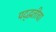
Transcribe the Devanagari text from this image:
पद्द्धतीचा